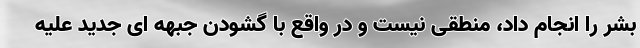
بشر را انجام داد، منطقی نیست و در واقع با گشودن جبهه ای جدید علیه